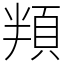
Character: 頖